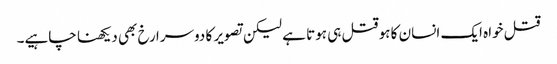
قتل خواہ ایک انسان کا ہو قتل ہی ہوتا ہے لیکن تصویر کا دوسرا رخ بھی دیکھنا چاہیے۔